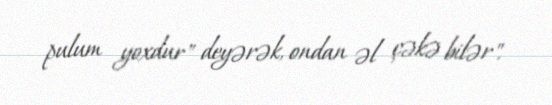
pulum yoxdur" deyərək, ondan əl çəkə bilər".